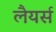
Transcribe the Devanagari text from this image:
लैयर्स